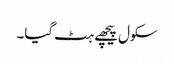
سکول پیچھے ہٹ گیا۔